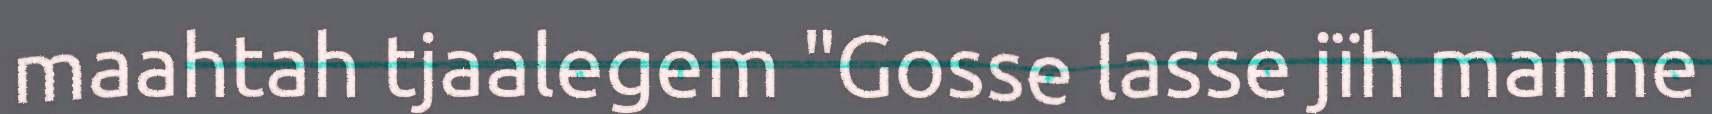
maahtah tjaalegem "Gosse lasse jïh manne